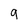
Character: 9